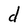
Character: d